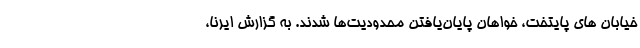
خیابان های پایتخت، خواهان پایان‌یافتن محدودیت‌ها شدند. به گزارش ایرنا،